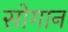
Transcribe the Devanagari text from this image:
सोगान